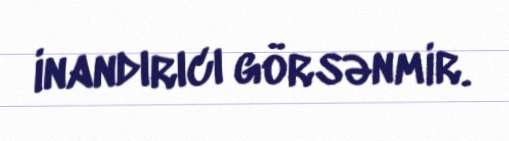
inandırıcı görsənmir.